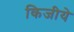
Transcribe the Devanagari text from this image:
किजीये